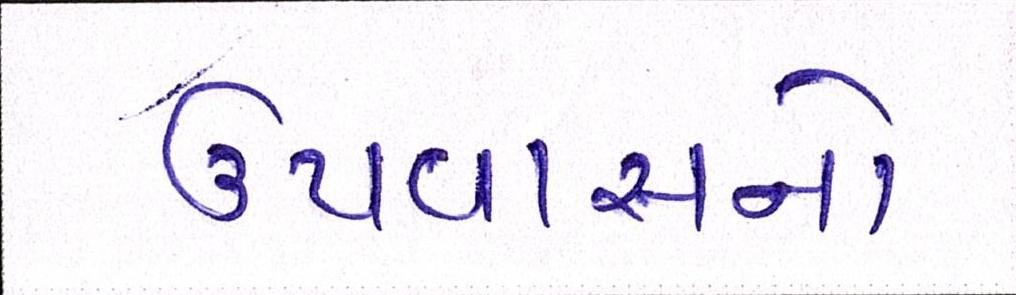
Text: ઉપવાસનો